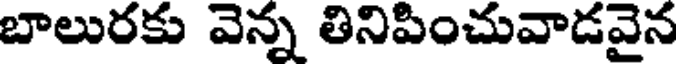
బాలురకు వెన్న తినిపించువాడవైన